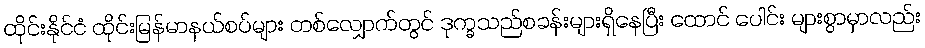
ထိုင်းနိုင်ငံ ထိုင်းမြန်မာနယ်စပ်များ တစ်လျှောက်တွင် ဒုက္ခသည်စခန်းများရှိနေပြီး ထောင် ပေါင်း များစွာမှာလည်း